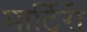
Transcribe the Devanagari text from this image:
मार्टिरी